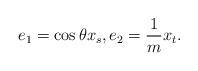
LaTeX: \begin{align*}e_1= \cos \theta x_s, e_2= \frac{1}{m} x_t.\end{align*}